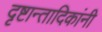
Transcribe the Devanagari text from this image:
दृष्टान्तादिकांनी